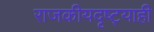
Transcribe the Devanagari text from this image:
राजकीयदृष्ट्याही